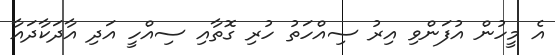
އެ މީހުން އުފަންވި އިރު ސިއްހަތު ހުރި ގޮތާއި ސިއްހީ އަދި އާދަކާދައާ